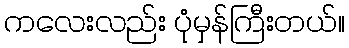
ကလေးလည်း ပုံမှန်ကြီးတယ်။